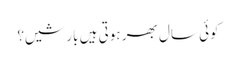
کوئی سال بھر ہوتی ہیں بارشیں؟